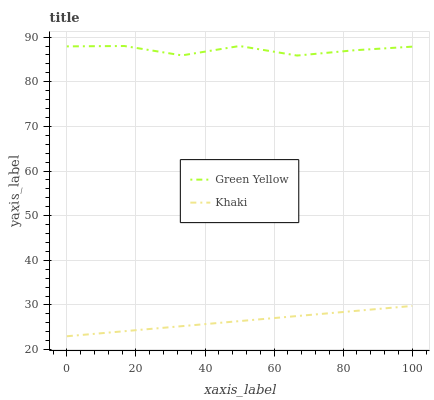
| xaxis_label | Green Yellow | Khaki |
 | --- | --- | --- |
 | 0 | 87.9 | 23 |
 | 16.7 | 88 | 24.1 |
 | 33.3 | 85.9 | 25.3 |
 | 50 | 88 | 26.4 |
 | 66.7 | 85.9 | 27.5 |
 | 83.3 | 87.1 | 28.7 |
 | 100 | 87.9 | 29.8 |